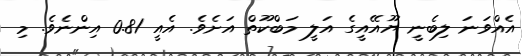
އެއްވަނަ ލިބެނީ ޔޫއޭއީގެ އަލީ މަބްކޫތް އަށެވެ. އެއީ 0.81 އިންނެވެ. މި